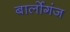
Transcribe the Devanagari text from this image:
बार्लोगंज